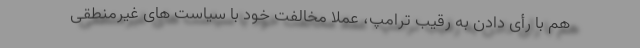
هم با رأی دادن به رقیب ترامپ، عملاً مخالفت خود با سیاست های غیرمنطقی